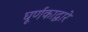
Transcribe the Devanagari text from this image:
घूर्णकाद्वारे